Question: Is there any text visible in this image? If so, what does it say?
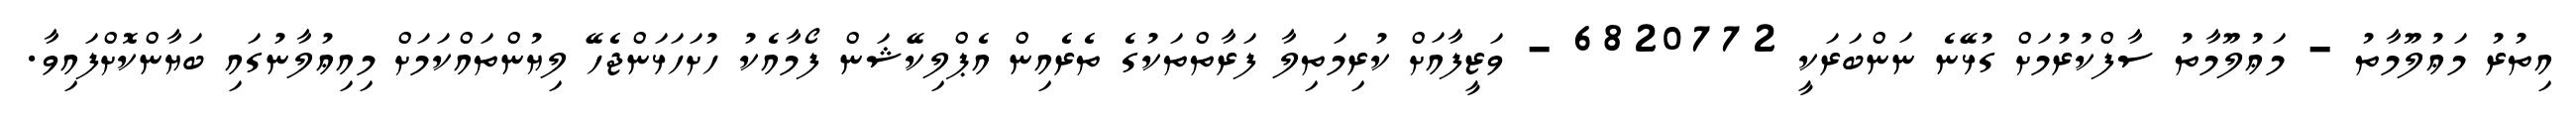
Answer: އިތުރު މަޢުލޫމާތު - މަޢުލޫމާތު ސާފްކުރުމަށް ގުޅޭނެ ނަންބަރަކީ 6820772 - ވަޒީފާއަށް ކުރިމަތިލާ ފަރާތްތަކުގެ ތެރެއިން އެޕްލިކޭޝަން ފޯމާއެކު ހުށަހަޅަންޖެހޭ ލިޔުންތައްކަމަށް މިއިޢުލާނުގައި ބަޔާންކޮށްފައިވާ.